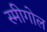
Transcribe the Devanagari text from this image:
स्मीगोल